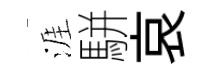
涯駢哀